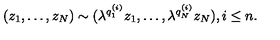
( z _ { 1 } , \ldots , z _ { N } ) \sim ( \lambda ^ { q _ { 1 } ^ { ( i ) } } z _ { 1 } , \ldots , \lambda ^ { q _ { N } ^ { ( i ) } } z _ { N } ) , i \le n .